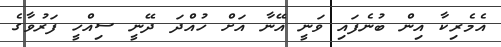
އެމެރިކާ އިން ބުނެފައި ވަނީ އޭނާ އަށް ހުއްދަ ދޭނީ ސިއްހީ ފަރުވާގެ